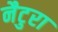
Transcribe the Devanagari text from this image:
नैटुरा